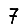
Digit: 7